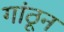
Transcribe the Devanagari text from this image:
गांठून